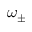
\omega _ { \pm }